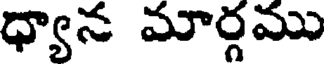
ధ్యాన మార్గము